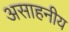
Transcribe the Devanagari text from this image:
असाहनीय